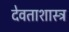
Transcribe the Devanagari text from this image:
देवताशास्त्र